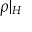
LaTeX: \rho | _ { H }